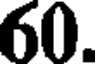
60.